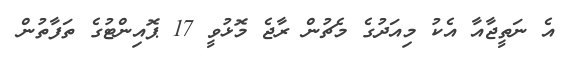
އެ ނަތީޖާއާ އެކު މިއަދުގެ މެޗުން ރާޖެ މޮޅުވީ 17 ޕޮއިންޓުގެ ތަފާތުން